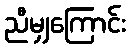
ညီမျှကြောင်း